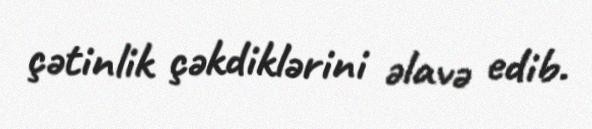
çətinlik çəkdiklərini əlavə edib.